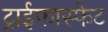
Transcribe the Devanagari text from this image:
ट्राईफास्फेट